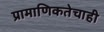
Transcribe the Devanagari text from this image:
प्रामाणिकतेचाही